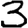
Digit: 3